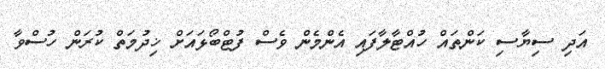
އަދި ސިޔާސި ކަންތައް ހުއްޓާލާފައި އެންމެން ވެސް ފުޓްބޯޅައަށް ޚިދުމަތް ކުރަން ހުސްވާ